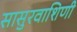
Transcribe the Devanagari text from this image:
सासुरवाशिणी